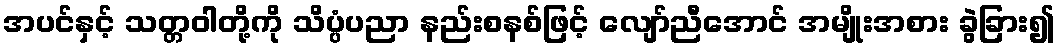
အပင်နှင့် သတ္တဝါတို့ကို သိပ္ပံပညာ နည်းစနစ်ဖြင့် လျော်ညီအောင် အမျိုးအစား ခွဲခြား၍